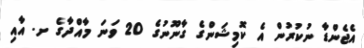
އެޖެންޑާ ނުކުރުން އެ ކޮމިޝަންގެ ގާނޫނުގެ 20 ވަނަ މާއްދާގެ ށ. އާއި